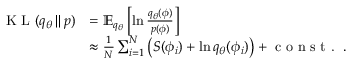
\begin{array} { r l } { \textrm { K L } ( q _ { \theta } \, | | \, p ) } & { = \mathbb { E } _ { q _ { \theta } } \left[ \ln \frac { q _ { \theta } ( \phi ) } { p ( \phi ) } \right] } \\ & { \approx \frac { 1 } { N } \sum _ { i = 1 } ^ { N } \left( S ( \phi _ { i } ) + \ln q _ { \theta } ( \phi _ { i } ) \right) + \textrm { c o n s t . } \, . } \end{array}